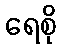
ရေစို